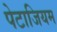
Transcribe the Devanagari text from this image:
पेटाजियम